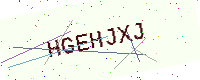
Text: HGEHJXJ